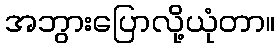
အဘွားပြောလို့ယုံတာ။